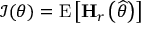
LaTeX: { \mathcal { I } } ( \theta ) = \mathrm { E } \left[ \mathbf { H } _ { r } \left( { \widehat { \theta } } \right) \right]